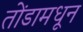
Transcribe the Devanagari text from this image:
तोंडामधून